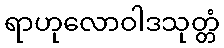
ရာဟုလောဝါဒသုတ္တံ